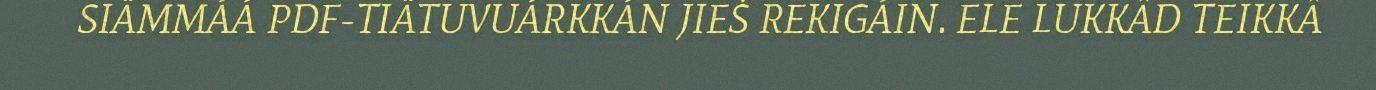
SIÄMMÁÁ PDF-TIÄTUVUÁRKKÁN JIEŠ REKIGÁIN. ELE LUKKÂD TEIKKÂ